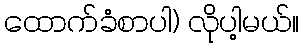
ထောက်ခံစာပါ) လိုပါ့မယ်။